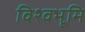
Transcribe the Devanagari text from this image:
विश्वभूमि